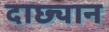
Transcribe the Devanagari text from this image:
दाछ्यान